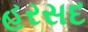
હરસદ